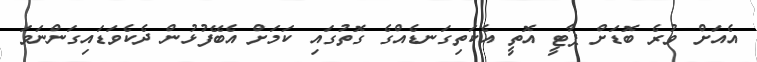
އެއަށް ވުރެ ބޮޑަށް ޕާޓީ އޮތީ އެކަތިގަނޑެއްގެ ގޮތުގައި ކަމަށް އެބޭފުޅުން ދެކެވަޑައިގަންނަވަ